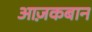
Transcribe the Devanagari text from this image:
आज़कबान